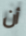
أن